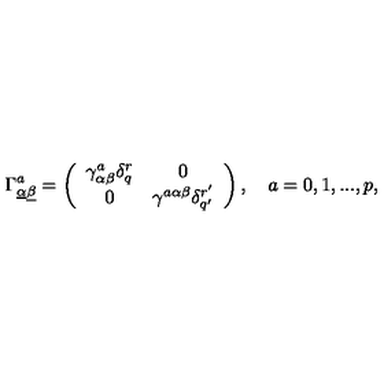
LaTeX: \Gamma _ { \underline { \alpha } \underline { \beta } } ^ { a } = \left( \begin{array} { c c } { \gamma _ { \alpha \beta } ^ { a } \delta _ { q } ^ { r } } & { 0 } \\ { 0 } & { \gamma ^ { a \alpha \beta } \delta _ { q ^ { \prime } } ^ { r ^ { \prime } } } \\ \end{array} \right) , \quad a = 0 , 1 , . . . , p ,